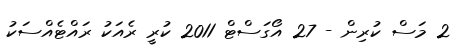
2 މަސް ކުރިން - 27 އޯގަސްޓް 2011 ކުރީ ރެއަކު ރައްޓެއްސަކު